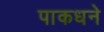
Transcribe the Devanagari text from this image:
पाकधने